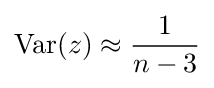
\operatorname {Var} (z)\approx {\frac {1}{n-3}}